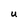
Character: U